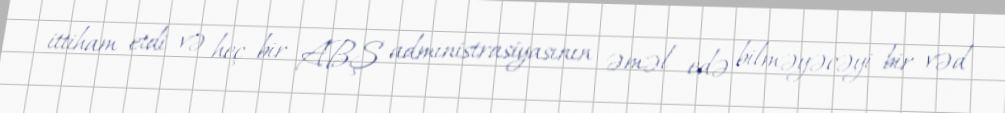
ittiham etdi və heç bir ABŞ administrasiyasının əməl edə bilməyəcəyi bir vəd